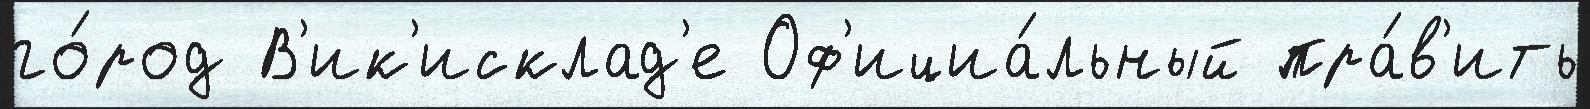
го́род В'ик'исклад'е Оф'ициа́льный пра́в'ить